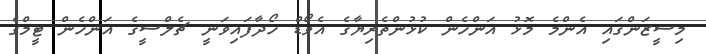
މިސީޒަންގައި އެންމެ މޮޅު އަންހެން ކުޅުންތެރިޔާގެ އެވޯޑް ހޯދާފައިވަނީ ޗެލްސީގެ އަންހެން ޓީމްގެ